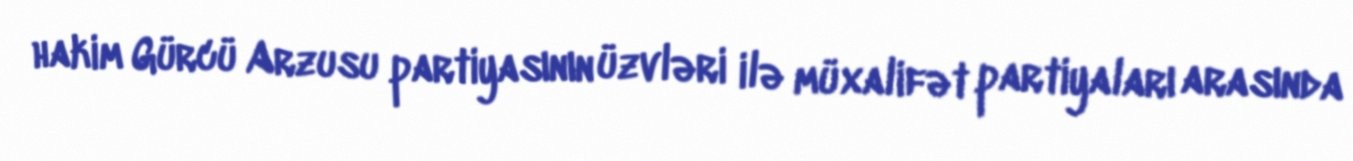
hakim Gürcü Arzusu partiyasının üzvləri ilə müxalifət partiyaları arasında